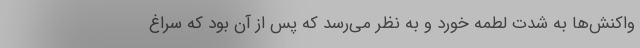
واکنش‌ها به شدت لطمه خورد و به نظر می‌رسد که پس از آن بود که سراغ